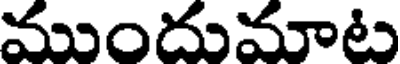
ముందుమాట